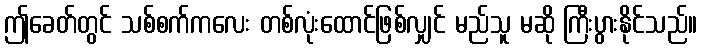
ဤခေတ်တွင် သစ်စက်ကလေး တစ်လုံးထောင်ဖြစ်လျှင် မည်သူ မဆို ကြီးပွားနိုင်သည်။